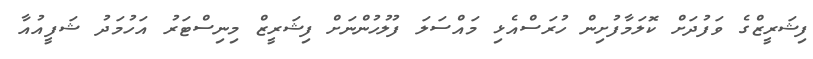
ފިޝަރީޒްގެ ވަފުދަށް ކޮލަމާފުށިން ހުރަސްއެޅި މައްސަލަ ފުލުހުންނަށް ފިޝަރީޒް މިނިސްޓަރު އަހުމަދު ޝަފީއުއާ